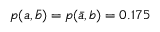
p ( a , \bar { b } ) = p ( \bar { a } , b ) = 0 . 1 7 5